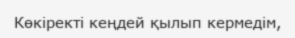
Көкіректі кеңдей қылып кермедім,